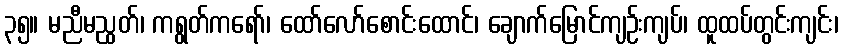
၃၅။ မညီမညွတ်၊ ကရွတ်ကရော်၊ ထော်လော်စောင်းထောင်၊ ချောက်မြောင်ကျဉ်းကျပ်၊ ထူထပ်တွင်းကျင်း၊